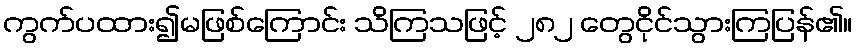
ကွက်ပထား၍မဖြစ်ကြောင်း သိကြသဖြင့် ၂၈၂ တွေငိုင်သွားကြပြန်၏။